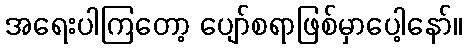
အရေးပါကြတော့ ပျော်စရာဖြစ်မှာပေါ့နော်။